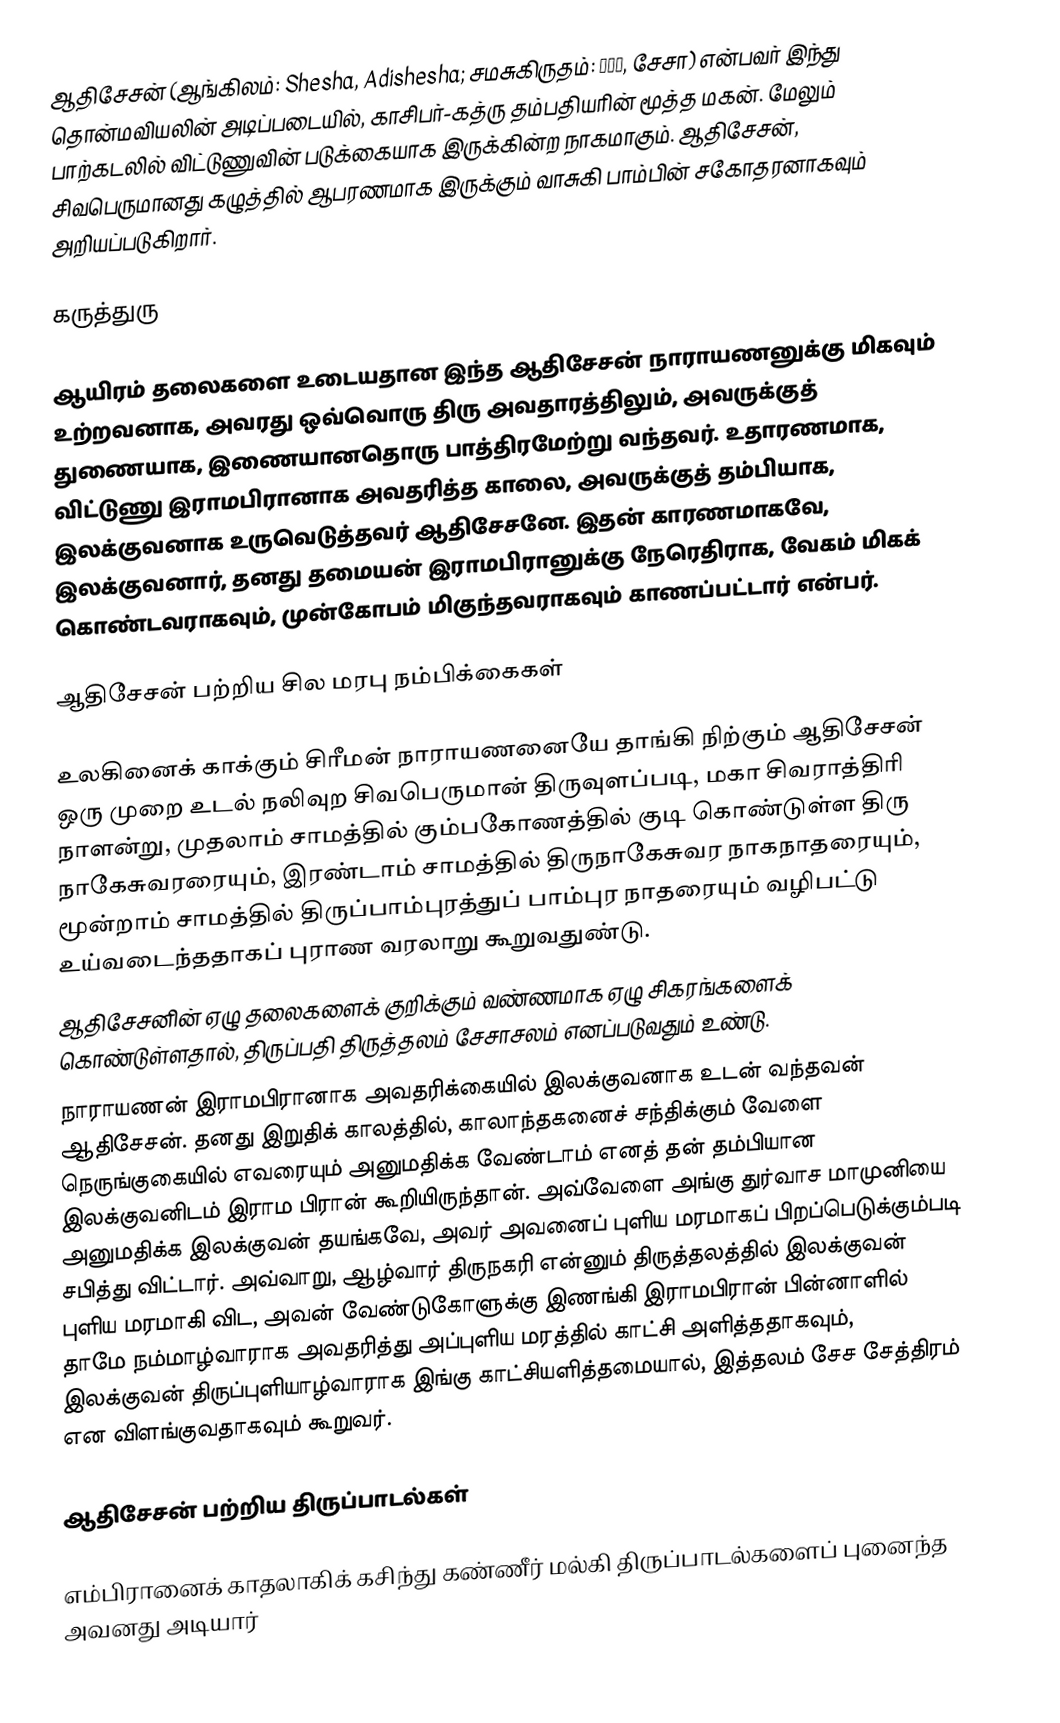
ஆதிசேசன் (ஆங்கிலம்: Shesha, Adishesha; சமசுகிருதம்: शेष, சேசா) என்பவர் இந்து தொன்மவியலின் அடிப்படையில், காசிபர்-கத்ரு தம்பதியரின் மூத்த மகன். மேலும் பாற்கடலில் விட்டுணுவின் படுக்கையாக இருக்கின்ற நாகமாகும். ஆதிசேசன், சிவபெருமானது கழுத்தில் ஆபரணமாக இருக்கும் வாசுகி பாம்பின் சகோதரனாகவும் அறியப்படுகிறார்.

கருத்துரு

ஆயிரம் தலைகளை உடையதான இந்த ஆதிசேசன் நாராயணனுக்கு மிகவும் உற்றவனாக, அவரது ஒவ்வொரு திரு அவதாரத்திலும், அவருக்குத் துணையாக, இணையானதொரு பாத்திரமேற்று வந்தவர். உதாரணமாக, விட்டுணு இராமபிரானாக அவதரித்த காலை, அவருக்குத் தம்பியாக, இலக்குவனாக உருவெடுத்தவர் ஆதிசேசனே. இதன் காரணமாகவே, இலக்குவனார், தனது தமையன் இராமபிரானுக்கு நேரெதிராக, வேகம் மிகக் கொண்டவராகவும், முன்கோபம் மிகுந்தவராகவும் காணப்பட்டார் என்பர்.

ஆதிசேசன் பற்றிய சில மரபு நம்பிக்கைகள்

உலகினைக் காக்கும் சிரீமன் நாராயணனையே தாங்கி நிற்கும் ஆதிசேசன் ஒரு முறை உடல் நலிவுற சிவபெருமான் திருவுளப்படி, மகா சிவராத்திரி நாளன்று, முதலாம் சாமத்தில் கும்பகோணத்தில் குடி கொண்டுள்ள திரு நாகேசுவரரையும், இரண்டாம் சாமத்தில் திருநாகேசுவர நாகநாதரையும், மூன்றாம் சாமத்தில் திருப்பாம்புரத்துப் பாம்புர நாதரையும் வழிபட்டு உய்வடைந்ததாகப் புராண வரலாறு கூறுவதுண்டு.
 ஆதிசேசனின் ஏழு தலைகளைக் குறிக்கும் வண்ணமாக ஏழு சிகரங்களைக் கொண்டுள்ளதால், திருப்பதி திருத்தலம் சேசாசலம் எனப்படுவதும் உண்டு.
 நாராயணன் இராமபிரானாக அவதரிக்கையில் இலக்குவனாக உடன் வந்தவன் ஆதிசேசன். தனது இறுதிக் காலத்தில், காலாந்தகனைச் சந்திக்கும் வேளை நெருங்குகையில் எவரையும் அனுமதிக்க வேண்டாம் எனத் தன் தம்பியான இலக்குவனிடம் இராம பிரான் கூறியிருந்தான். அவ்வேளை அங்கு துர்வாச மாமுனியை அனுமதிக்க இலக்குவன் தயங்கவே, அவர் அவனைப் புளிய மரமாகப் பிறப்பெடுக்கும்படி சபித்து விட்டார். அவ்வாறு, ஆழ்வார் திருநகரி என்னும் திருத்தலத்தில் இலக்குவன் புளிய மரமாகி விட, அவன் வேண்டுகோளுக்கு இணங்கி இராமபிரான் பின்னாளில் தாமே நம்மாழ்வாராக அவதரித்து அப்புளிய மரத்தில் காட்சி அளித்ததாகவும், இலக்குவன் திருப்புளியாழ்வாராக இங்கு காட்சியளித்தமையால், இத்தலம் சேச சேத்திரம் என விளங்குவதாகவும் கூறுவர்.

ஆதிசேசன் பற்றிய திருப்பாடல்கள்

எம்பிரானைக் காதலாகிக் கசிந்து கண்ணீர் மல்கி திருப்பாடல்களைப் புனைந்த அவனது அடியார்